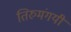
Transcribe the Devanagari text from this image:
तिरुमंगयी